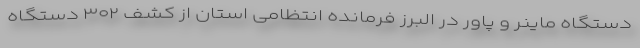
دستگاه ماینر و پاور در البرز فرمانده انتظامی استان از کشف ۳۰۲ دستگاه